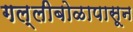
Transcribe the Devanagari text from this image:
गल्लीबोळापासून